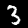
Label: 3